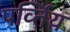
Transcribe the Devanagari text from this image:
पर्व्तिय